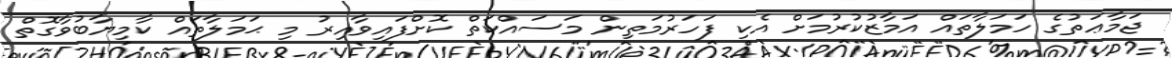
ޖަމާޢަތުގެ ހަމަލާތައް އަމާޒުކުރުމަށް އެކި ފަހަރުމަތިން މަސައްކަތް ކޮށްފައިވާއިރު މި ޙަމަލާތައް ކާމިޔާބުވާގޮތް